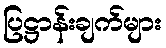
ပြဋ္ဌာန်းချက်များ